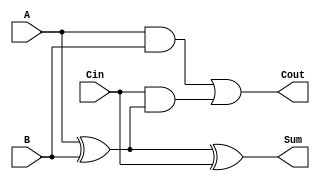
module TreeStructuredFullAdder (
    input wire A,      // First binary input
    input wire B,      // Second binary input
    input wire Cin,    // Carry-in
    output wire Sum,   // Sum output
    output wire Cout   // Carry-out output
);

// Intermediate signals
wire AB_XOR;         // Intermediate result of A XOR B
wire A_AND_B;       // A AND B
wire Cin_AND_AB;    // Cin AND (A XOR B)

// Layer 1: Calculate Sum
assign AB_XOR = A ^ B;           // A XOR B
assign Sum = AB_XOR ^ Cin;       // (A XOR B) XOR Cin

// Layer 2: Calculate Carry-out
assign A_AND_B = A & B;          // A AND B
assign Cin_AND_AB = Cin & AB_XOR; // Cin AND (A XOR B)
assign Cout = A_AND_B | Cin_AND_AB; // Carry-out

endmodule